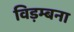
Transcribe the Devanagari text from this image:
विड़म्बना